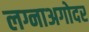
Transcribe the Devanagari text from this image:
लग्नाअगोदर